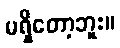
မရှိတော့ဘူး။